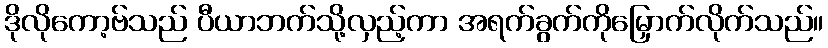
ဒိုလိုကော့ဗ်သည် ပီယာဘက်သို့လှည့်ကာ အရက်ခွက်ကိုမြှောက်လိုက်သည်။